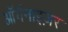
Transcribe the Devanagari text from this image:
ऑर्गेनाइज़र